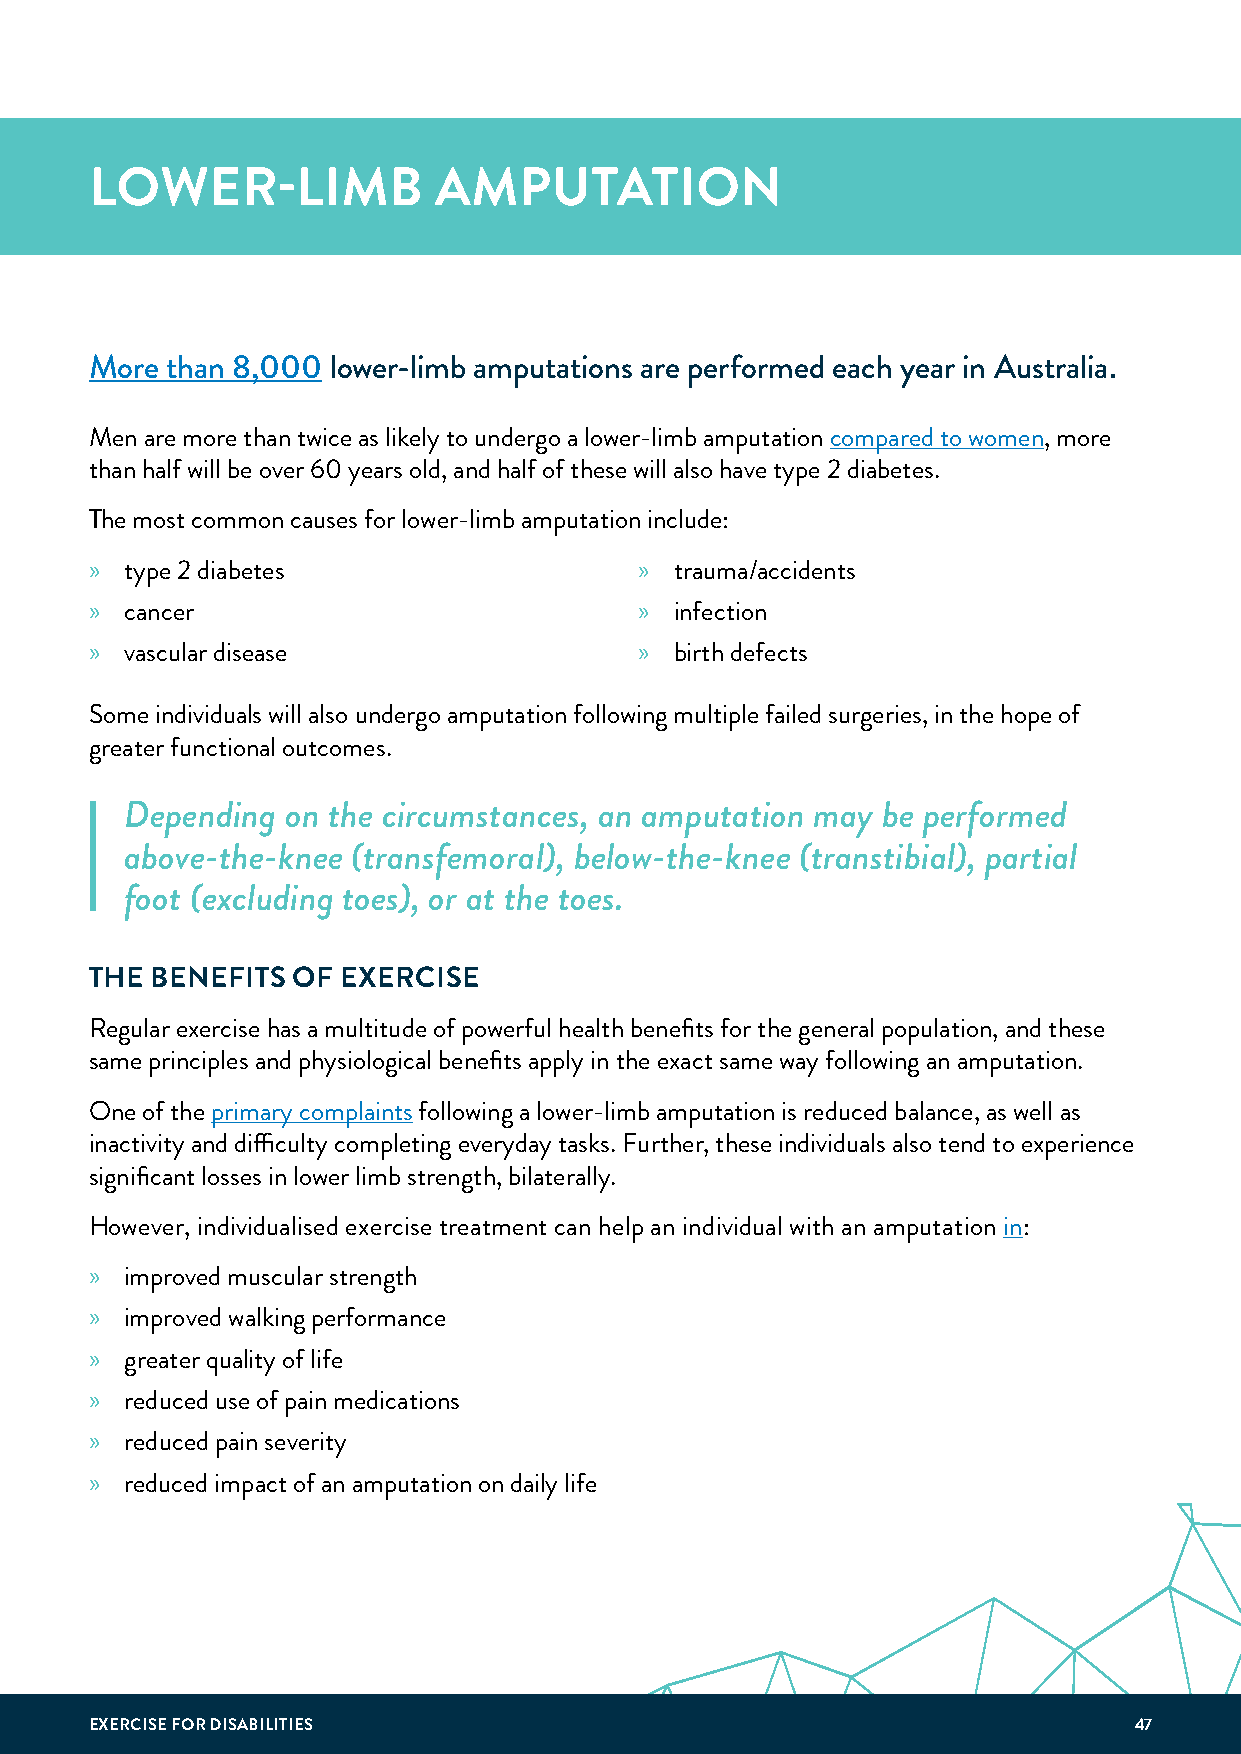
LOWER-LIMB             AMPUTATION
 More than 8,000 lower-limb amputations are performed each year in Australia.
 Men are more than twice as likely to undergo a lower-limb amputation compared to women, more
 than half will be over 60 years old, and half of these will also have type 2 diabetes.
 The most common causes for lower-limb amputation include:
 » type 2 diabetes                   »  trauma/accidents
 » cancer                            »  infection
 » vascular disease                  »  birth defects
 Some individuals will also undergo amputation following multiple failed surgeries, in the hope of
 greater functional outcomes.
 Depending  on the circumstances, an amputation may be performed
 above-the-knee (transfemoral), below-the-knee (transtibial), partial
 foot (excluding toes), or at the toes.
 THE BENEFITS OF  EXERCISE
 Regular exercise has a multitude of powerful health benefits for the general population, and these
 same principles and physiological benefits apply in the exact same way following an amputation.
 One of the primary complaints following a lower-limb amputation is reduced balance, as well as
 inactivity and difficulty completing everyday tasks. Further, these individuals also tend to experience
 significant losses in lower limb strength, bilaterally.
 However, individualised exercise treatment can help an individual with an amputation in:
 » improved muscular strength
 » improved walking performance
 » greater quality of life
 » reduced use of pain medications
 » reduced pain severity
 » reduced impact of an amputation on daily life
 EXERCISE FOR DISABILITIES                                            47